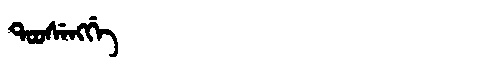
Manchu: ᡨᠣᠣᠰᡝᠩᡤᡝ
Romanization: TOOSENGGE